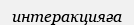
интеракцияға